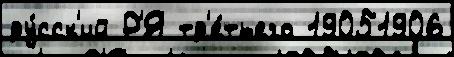
ру́сск'ий Р'Я тр'е́тьего 19051906